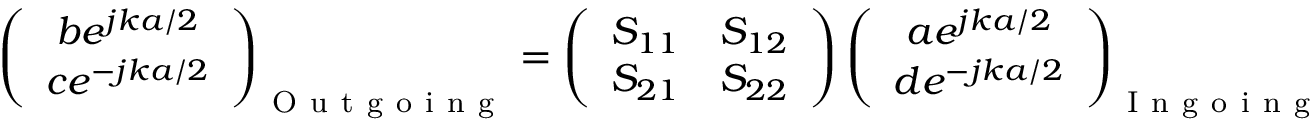
\left( \begin{array} { c } { b e ^ { j k a / 2 } } \\ { c e ^ { - j k a / 2 } } \end{array} \right) _ { \mathrm { ~ O ~ u ~ t ~ g ~ o ~ i ~ n ~ g ~ } } = \left( \begin{array} { c c } { S _ { 1 1 } } & { S _ { 1 2 } } \\ { S _ { 2 1 } } & { S _ { 2 2 } } \end{array} \right) \left( \begin{array} { c } { a e ^ { j k a / 2 } } \\ { d e ^ { - j k a / 2 } } \end{array} \right) _ { \mathrm { ~ I ~ n ~ g ~ o ~ i ~ n ~ g ~ } }